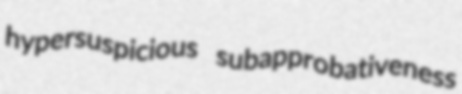
hypersuspicious subapprobativeness